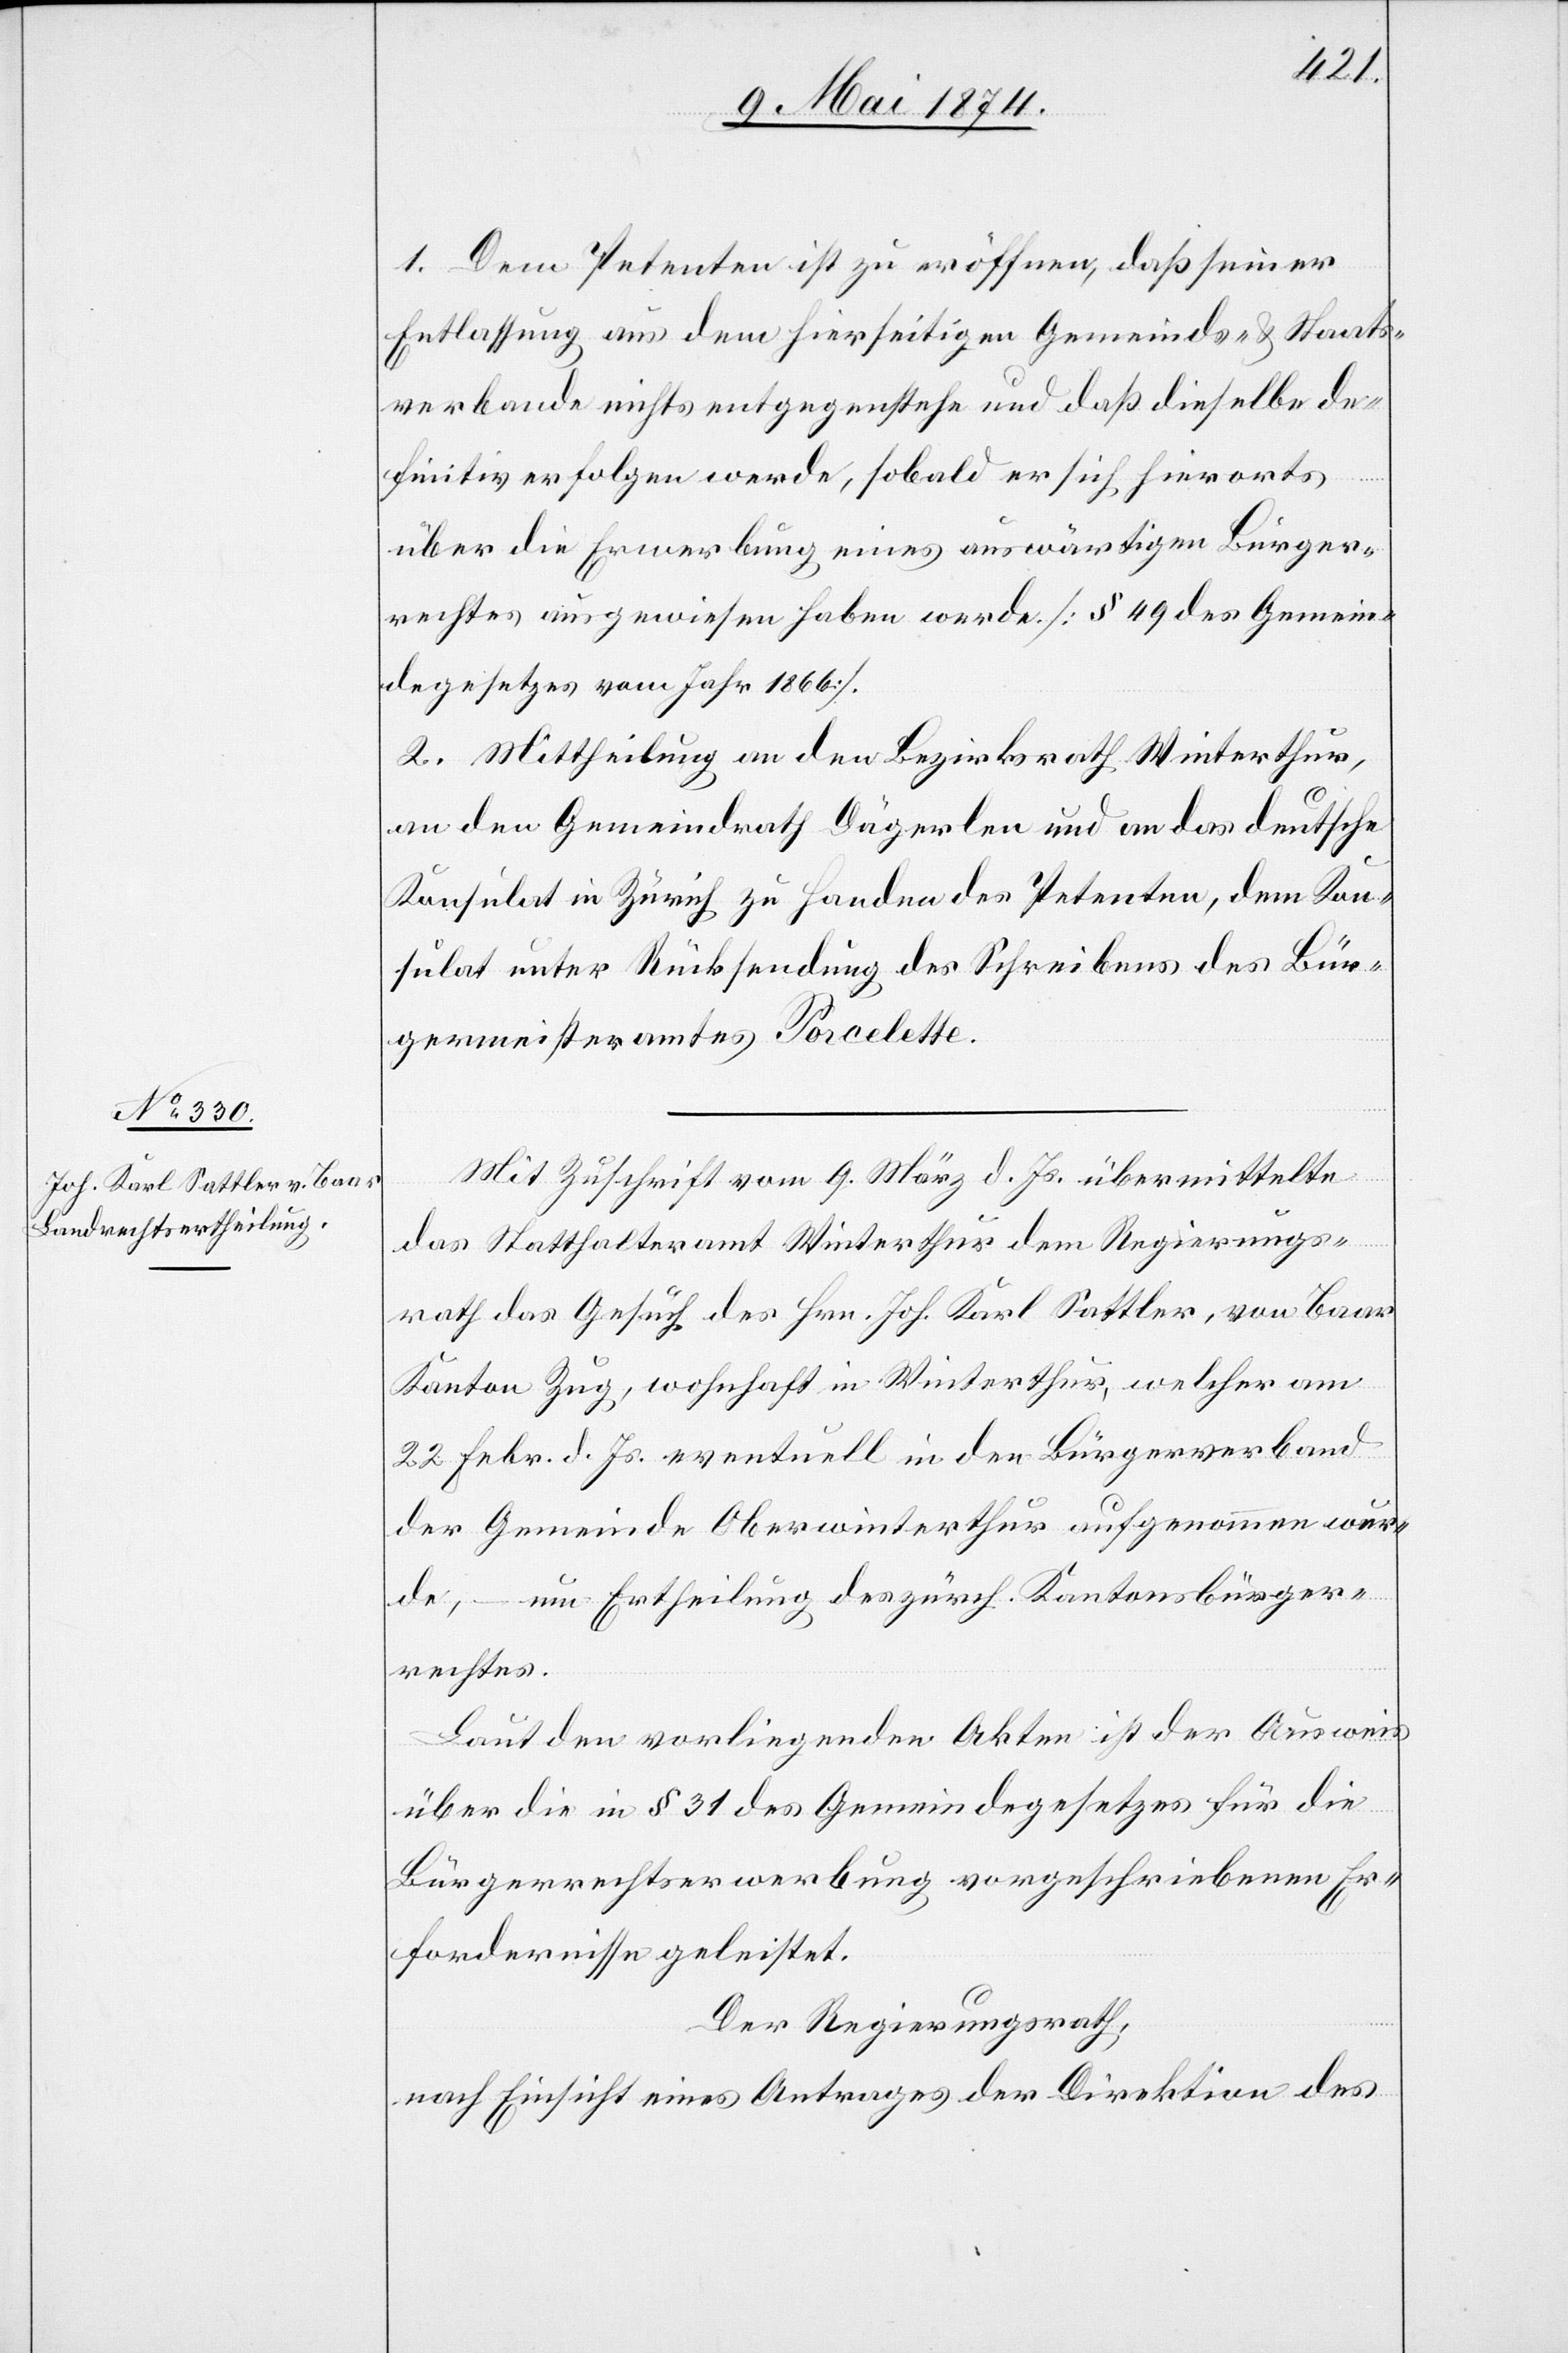
1. Dem Petenten ist zu eröffnen, daß seiner
Entlassung aus dem hierseitigen Gemeinds- u. Staats¬
verbande nichts entgegenstehe und daß dieselbe de¬
finitiv erfolgen werde, sobald er sich hierorts
über die Erwerbung eines auswärtigen Bürger¬
rechtes ausgewiesen haben werde [§ 49 des Gemein¬
degesetzes vom Jahr 1866].
2. Mittheilung an den Bezirksrath Winterthur,
an den Gemeindrath Dägerlen und an das deutsche
Konsulat in Zürich zu Handen des Petenten, dem Kon¬
sulat unter Rücksendung des Schreibens des Bür¬
germeisteramtes Porcelette.
Mit Zuschrift vom 9. März d. Js. übermittelte
das Statthalteramt Winterthur dem Regierungs¬
rath das Gesuch des Hrn. Joh. Karl Sattler, von Baar
Kanton Zug, wohnhaft in Winterthur, welcher am
22. Febr. d. Js. eventuell in den Bürgerverband
der Gemeinde Oberwinterthur aufgenommen wur¬
de, – um Ertheilung des zürch. Kantonsbürger¬
rechtes.
Laut den vorliegenden Akten ist der Ausweis
über die in § 31 des Gemeindegesetzes für die
Bürgerrechtserwerbung vorgeschriebenen Er¬
fordernisse geleistet.
Der Regierungsrath,
nach Einsicht eines Antrages der Direktion des